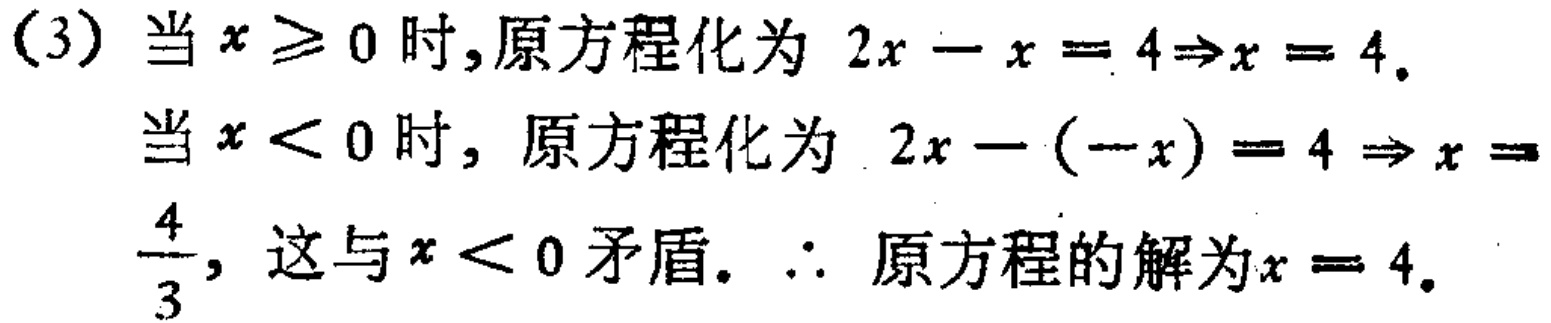
(3) 当 \(x\geq0\) 时,原方程化为 \(2x - x = 4\Rightarrow x = 4\).
当 \(x < 0\) 时, 原方程化为 \(2x - (-x) = 4\Rightarrow x =\frac{4}{3}\), 这与 \(x < 0\) 矛盾. \(\therefore\) 原方程的解为 \(x = 4\).